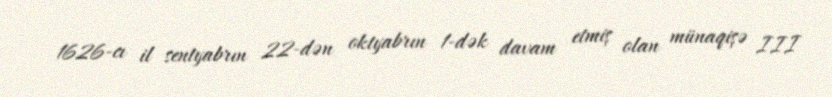
1626-cı il sentyabrın 22-dən oktyabrın 1-dək davam etmiş olan münaqişə III